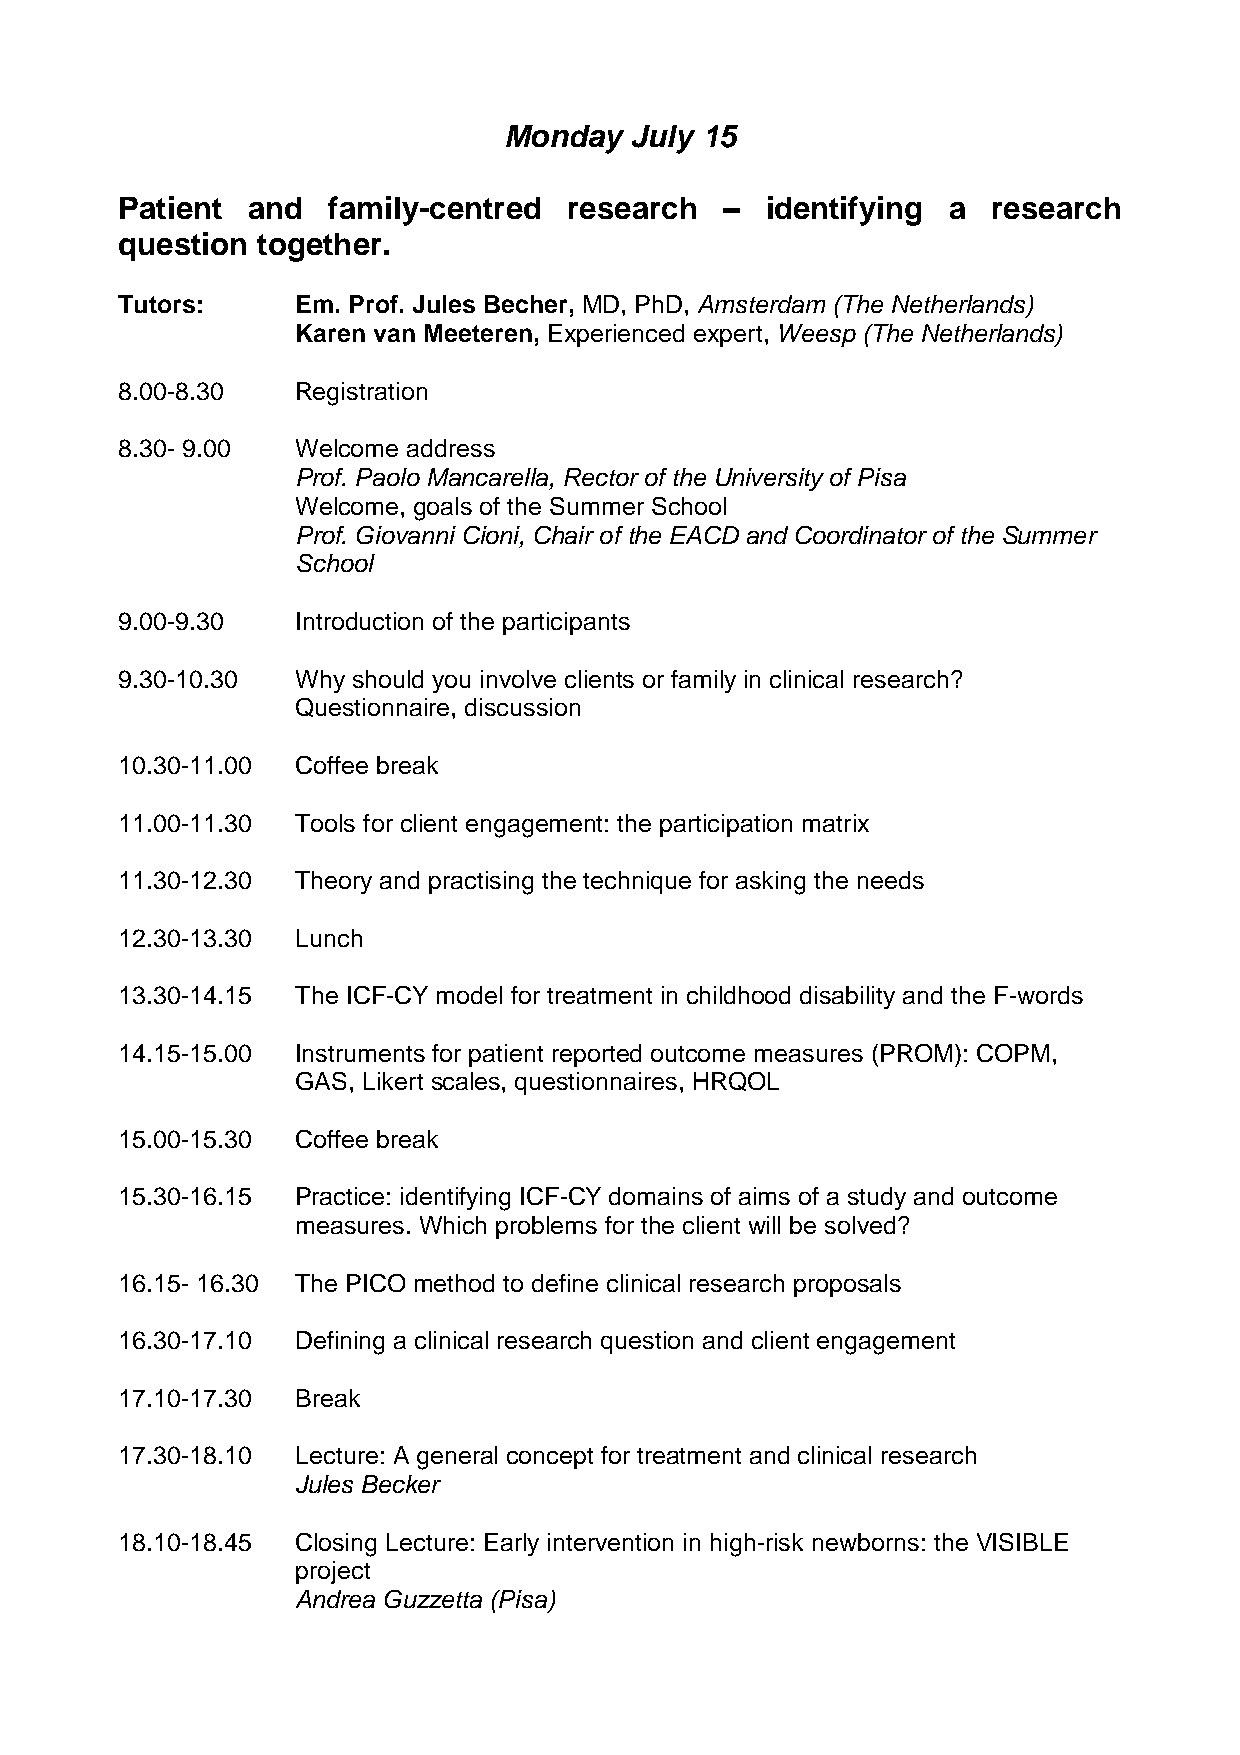
Monday   July 15
 Patient and   family-centred  research  –  identifying a  research
 question together.
 Tutors:     Em. Prof. Jules Becher, MD, PhD, Amsterdam (The Netherlands)
 Karen van Meeteren, Experienced expert, Weesp (The Netherlands)
 8.00-8.30   Registration
 8.30- 9.00  Welcome address
 Prof. Paolo Mancarella, Rector of the University of Pisa
 Welcome, goals of the Summer School
 Prof. Giovanni Cioni, Chair of the EACD and Coordinator of the Summer
 School
 9.00-9.30   Introduction of the participants
 9.30-10.30  Why should you involve clients or family in clinical research?
 Questionnaire, discussion
 10.30-11.00 Coffee break
 11.00-11.30 Tools for client engagement: the participation matrix
 11.30-12.30 Theory and practising the technique for asking the needs
 12.30-13.30 Lunch
 13.30-14.15 The ICF-CY model for treatment in childhood disability and the F-words
 14.15-15.00 Instruments for patient reported outcome measures (PROM): COPM,
 GAS, Likert scales, questionnaires, HRQOL
 15.00-15.30 Coffee break
 15.30-16.15 Practice: identifying ICF-CY domains of aims of a study and outcome
 measures. Which problems for the client will be solved?
 16.15- 16.30 The PICO method to define clinical research proposals
 16.30-17.10 Defining a clinical research question and client engagement
 17.10-17.30 Break
 17.30-18.10 Lecture: A general concept for treatment and clinical research
 Jules Becker
 18.10-18.45 Closing Lecture: Early intervention in high-risk newborns: the VISIBLE
 project
 Andrea Guzzetta (Pisa)